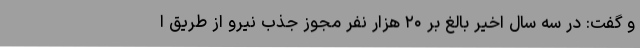
و گفت: در سه سال اخیر بالغ بر ۲۰ هزار نفر مجوز جذب نیرو از طریق ا